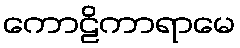
ကောဠိကာရာမေ